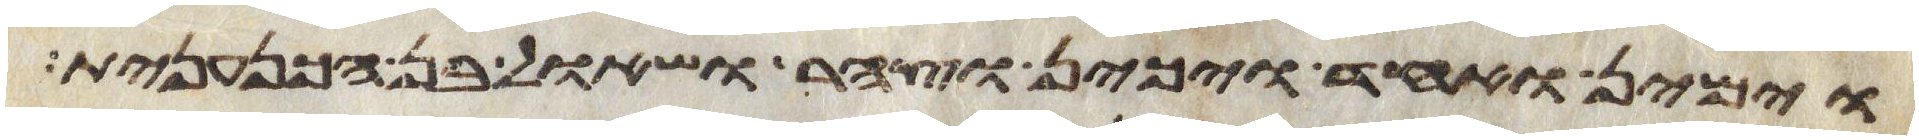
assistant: וימין ואחד ויכין וצהר ושאול בן הכנענית